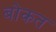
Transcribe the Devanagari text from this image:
बोकत